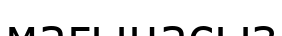
магынасыз